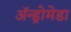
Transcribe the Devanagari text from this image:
अॅन्ड्रोमेडा